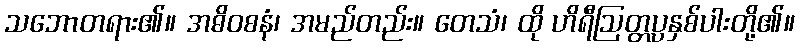
သဘောတရား၏။ အဓိဝစနံ၊ အမည်တည်း။ တေသံ၊ ထို ဟိရီဩတ္တပ္ပနှစ်ပါးတို့၏။